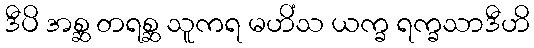
ဒီပိ အစ္ဆ တရစ္ဆ သူကရ မဟိံသ ယက္ခ ရက္ခသာဒီဟိ